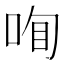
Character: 𠲾